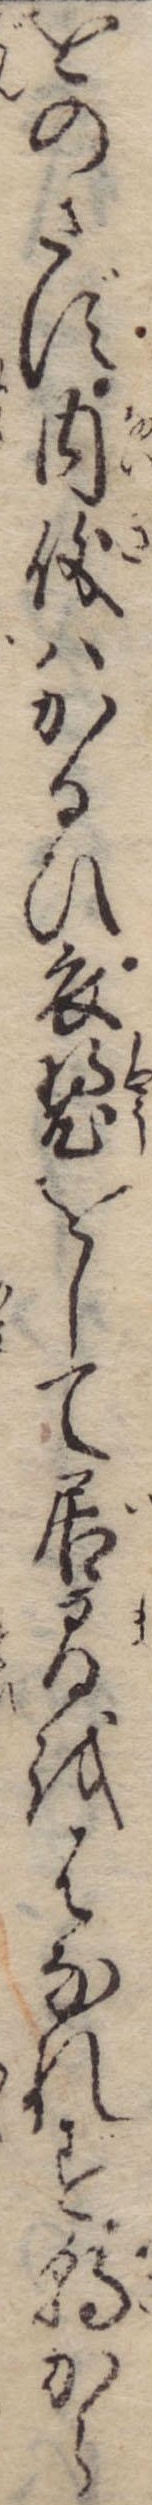
をのさず内儀はかるひ衣をして居間をはなれず朝から